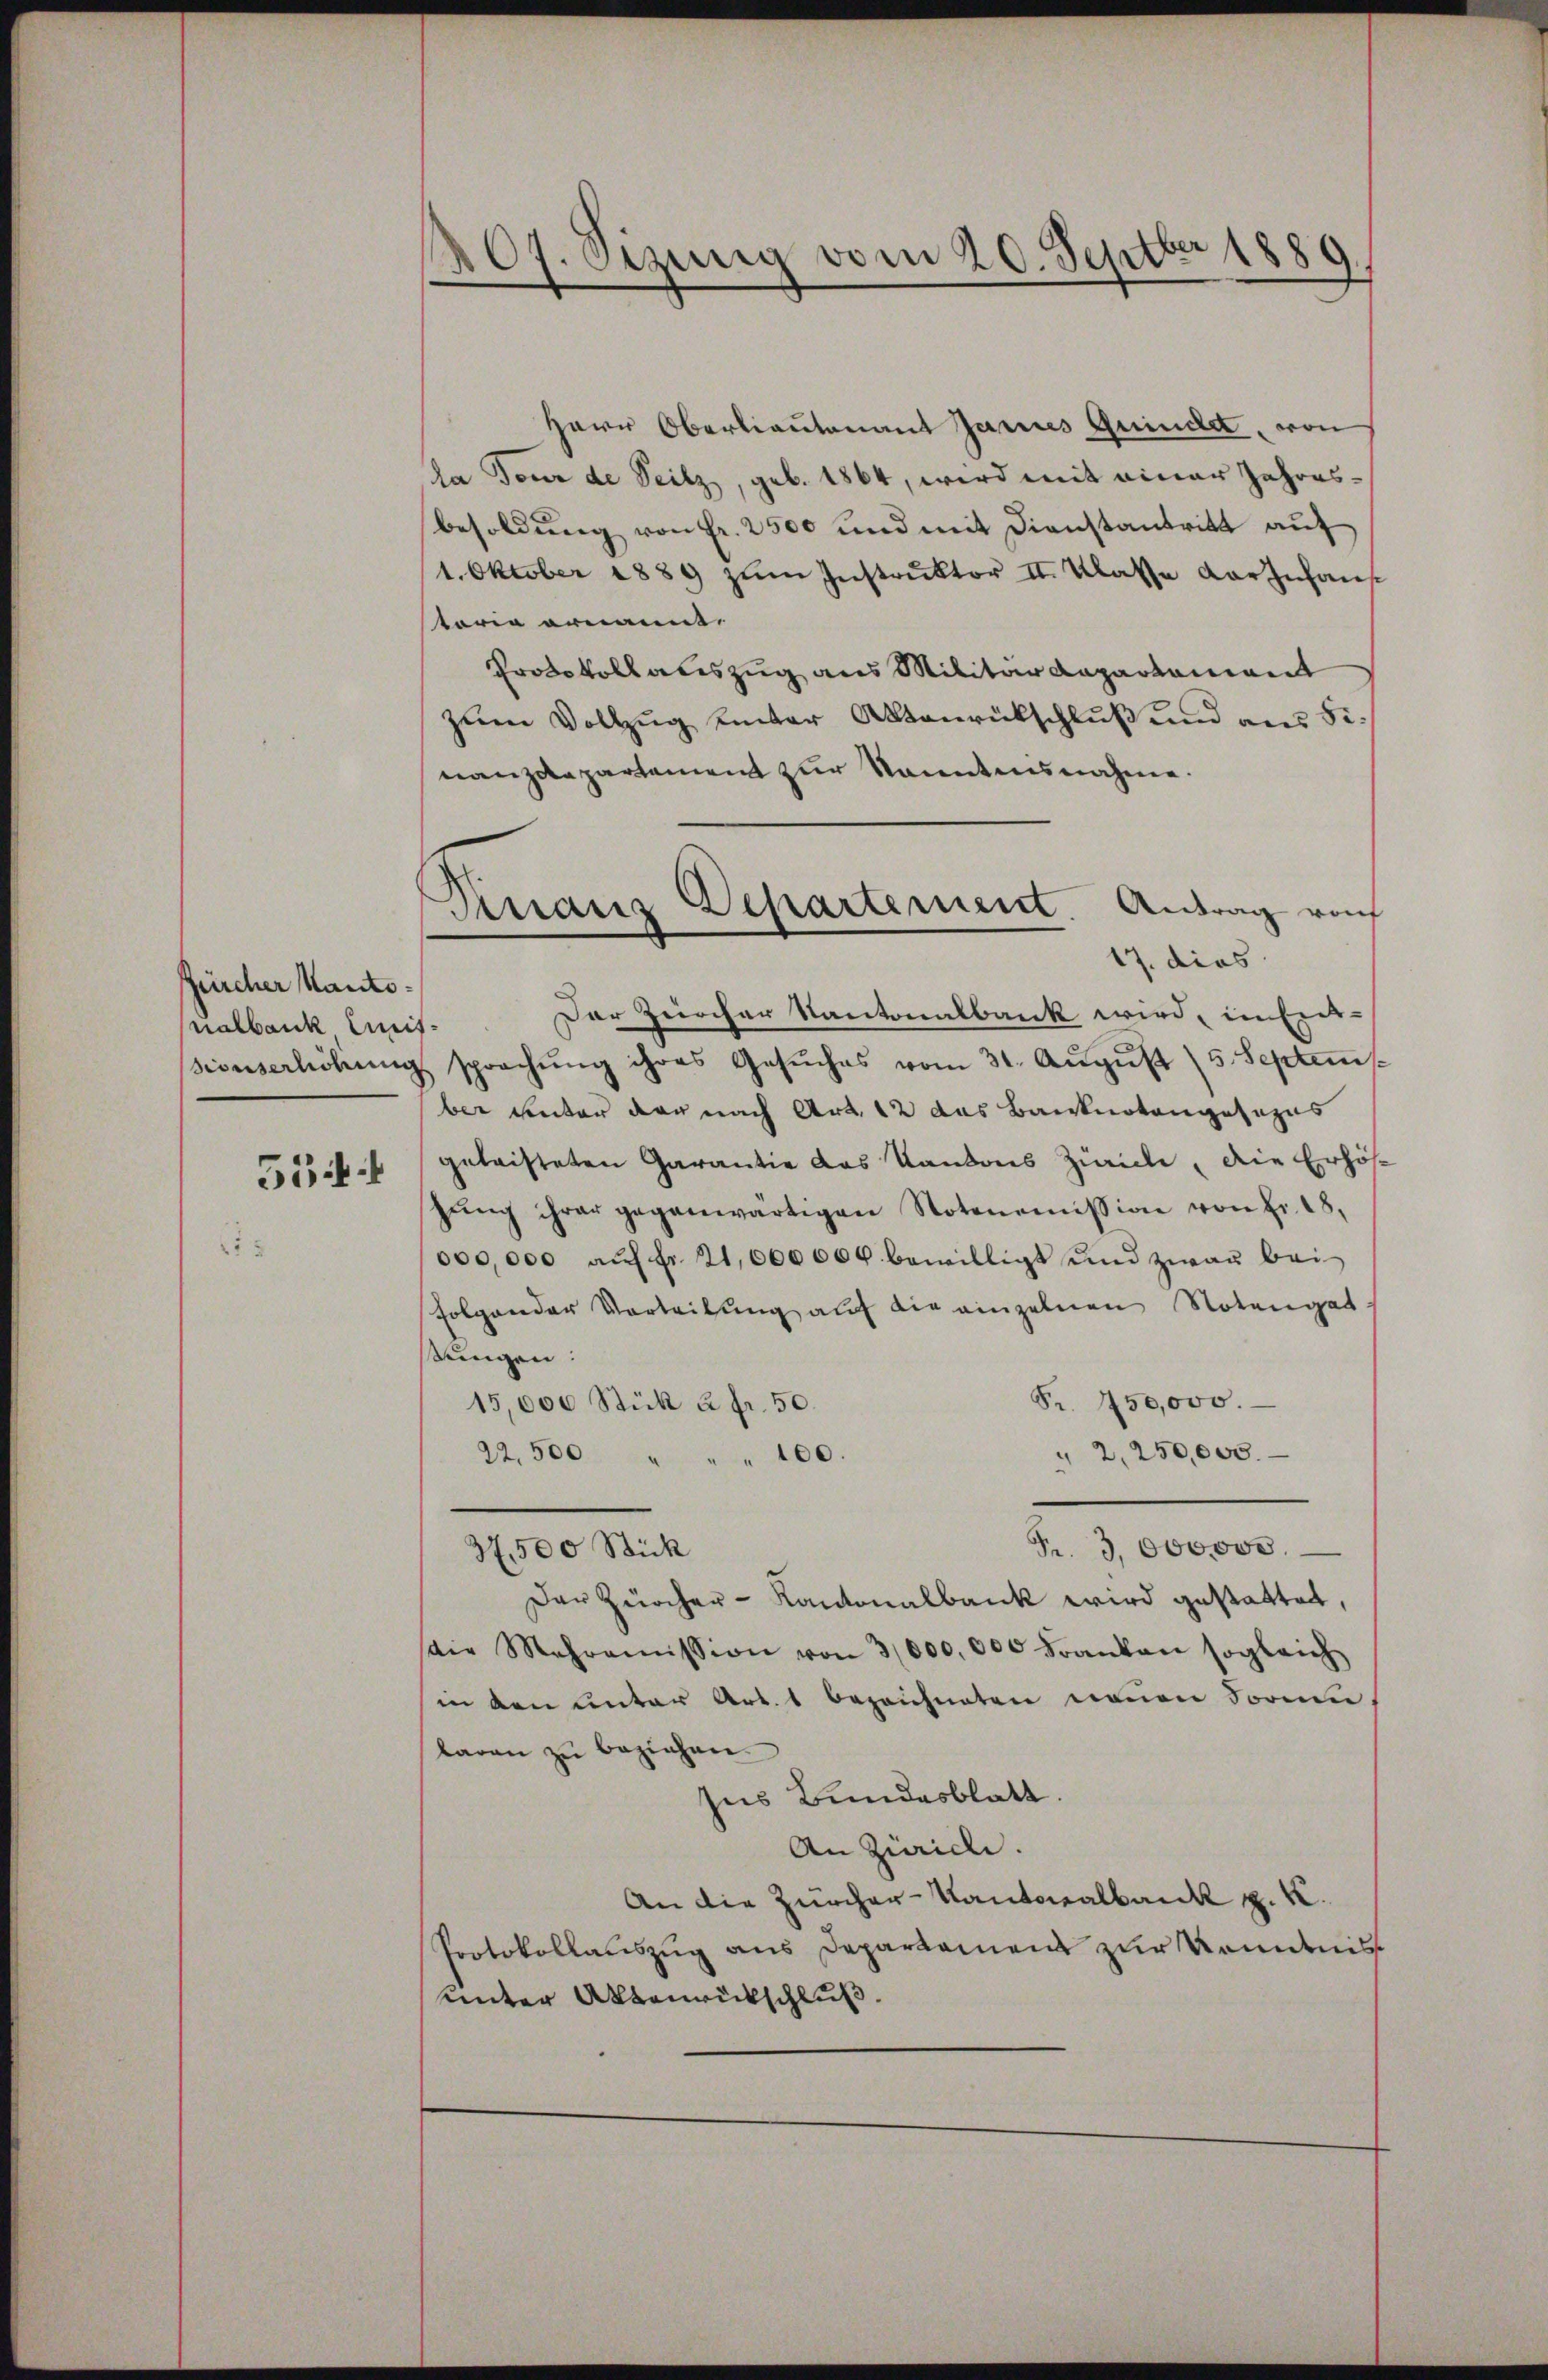
Zürcher Kantonalbank mit¬

554

107. Sizung vom 20. Septbr 1880
3

Dinaus Departement. Antrag von
d
17. dies

Herr Oberlieutenant Jannes Grinde, von
Ja Tour de Seilz, geb. 1864, wird mit einer Jahresbesoldung von Fr. 2500 und mit Dienstantritt auf
1. Oktober 1889 zŭm Instrŭktor II. Klasse darznhaŭs
toria ernannt.
Protokoll auszug aus Militärdepartement
zum Vollzug unter Aktenrückschluß und aus Sinanzdepartement zur Sanntnisnahme.
Der Zürcher Kantonalbank wird, in Erd-
sionserhöhŭng sprachŭng ihres Gesŭches vom 31. Aŭgŭst (5. Septem
ber unter der nach Art. 12 das Banknotengesezus
geleisteten Garantie das Kantons Zürich, die Erhöh
gŭng ihrer gegenwärtigen Notenoṁission von Fr. 18.
000,000 aŭf fr. 21,000000 bewilligt und zwar bei
folgender Vorteilung auf die einzelnen Notengat
sungen:
Fr. 450,000.
15,000 Stück à fr. 50.
22,500 "
" 2,250,000.
" 100.
Fr. 3000000.
37,500 Stick
Der Zürcher-Kantonalbank wird gestattet,
die Mehroṁission von 3000,000 Franken sogleich
in den unter Art. 1 bezeichneten neuen Formen
laren zu beziehen.
sus Bundesblatt.
An Zürich.
An die Zürcher-Kantonalbank z. K.
Protokollauszug aus Departamens zur Kenntniss
unter Aktenrückschluß